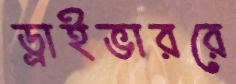
ড্রাইভাররে